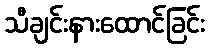
သီချင်းနားထောင်ခြင်း